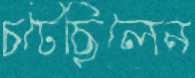
চটেছিলেন